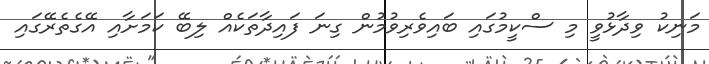
މަނިކު ވިދާޅުވީ މި ސްކީމުގައި ބައިވެރިވުމުން ގިނަ ފައިދާތަކެއް ލިބޭ ކަމަށާއި އޭގެތެރޭގައި